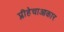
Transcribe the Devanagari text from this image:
प्लीहेचाआकार